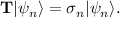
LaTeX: { \it { \bf T } } | \psi _ { n } \rangle = \sigma _ { n } | \psi _ { n } \rangle .